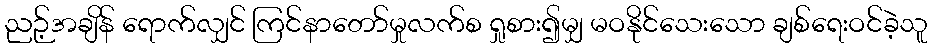
ညဉ့်အချိန် ရောက်လျှင် ကြင်နာတော်မှုလက်စ ရှုစား၍မျှ မဝနိုင်သေးသော ချစ်ရေးဝင်ခဲ့သူ